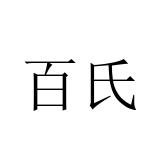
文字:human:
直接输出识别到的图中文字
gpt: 百氏